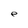
Character: e